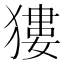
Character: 㺏